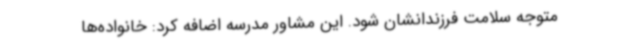
متوجه سلامت فرزندانشان شود. این مشاور مدرسه اضافه کرد: خانواده‌ها